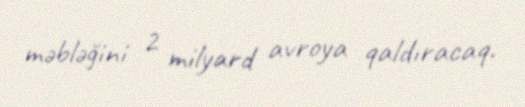
məbləğini 2 milyard avroya qaldıracaq.